Trukikaitis_Postimees, lk 13
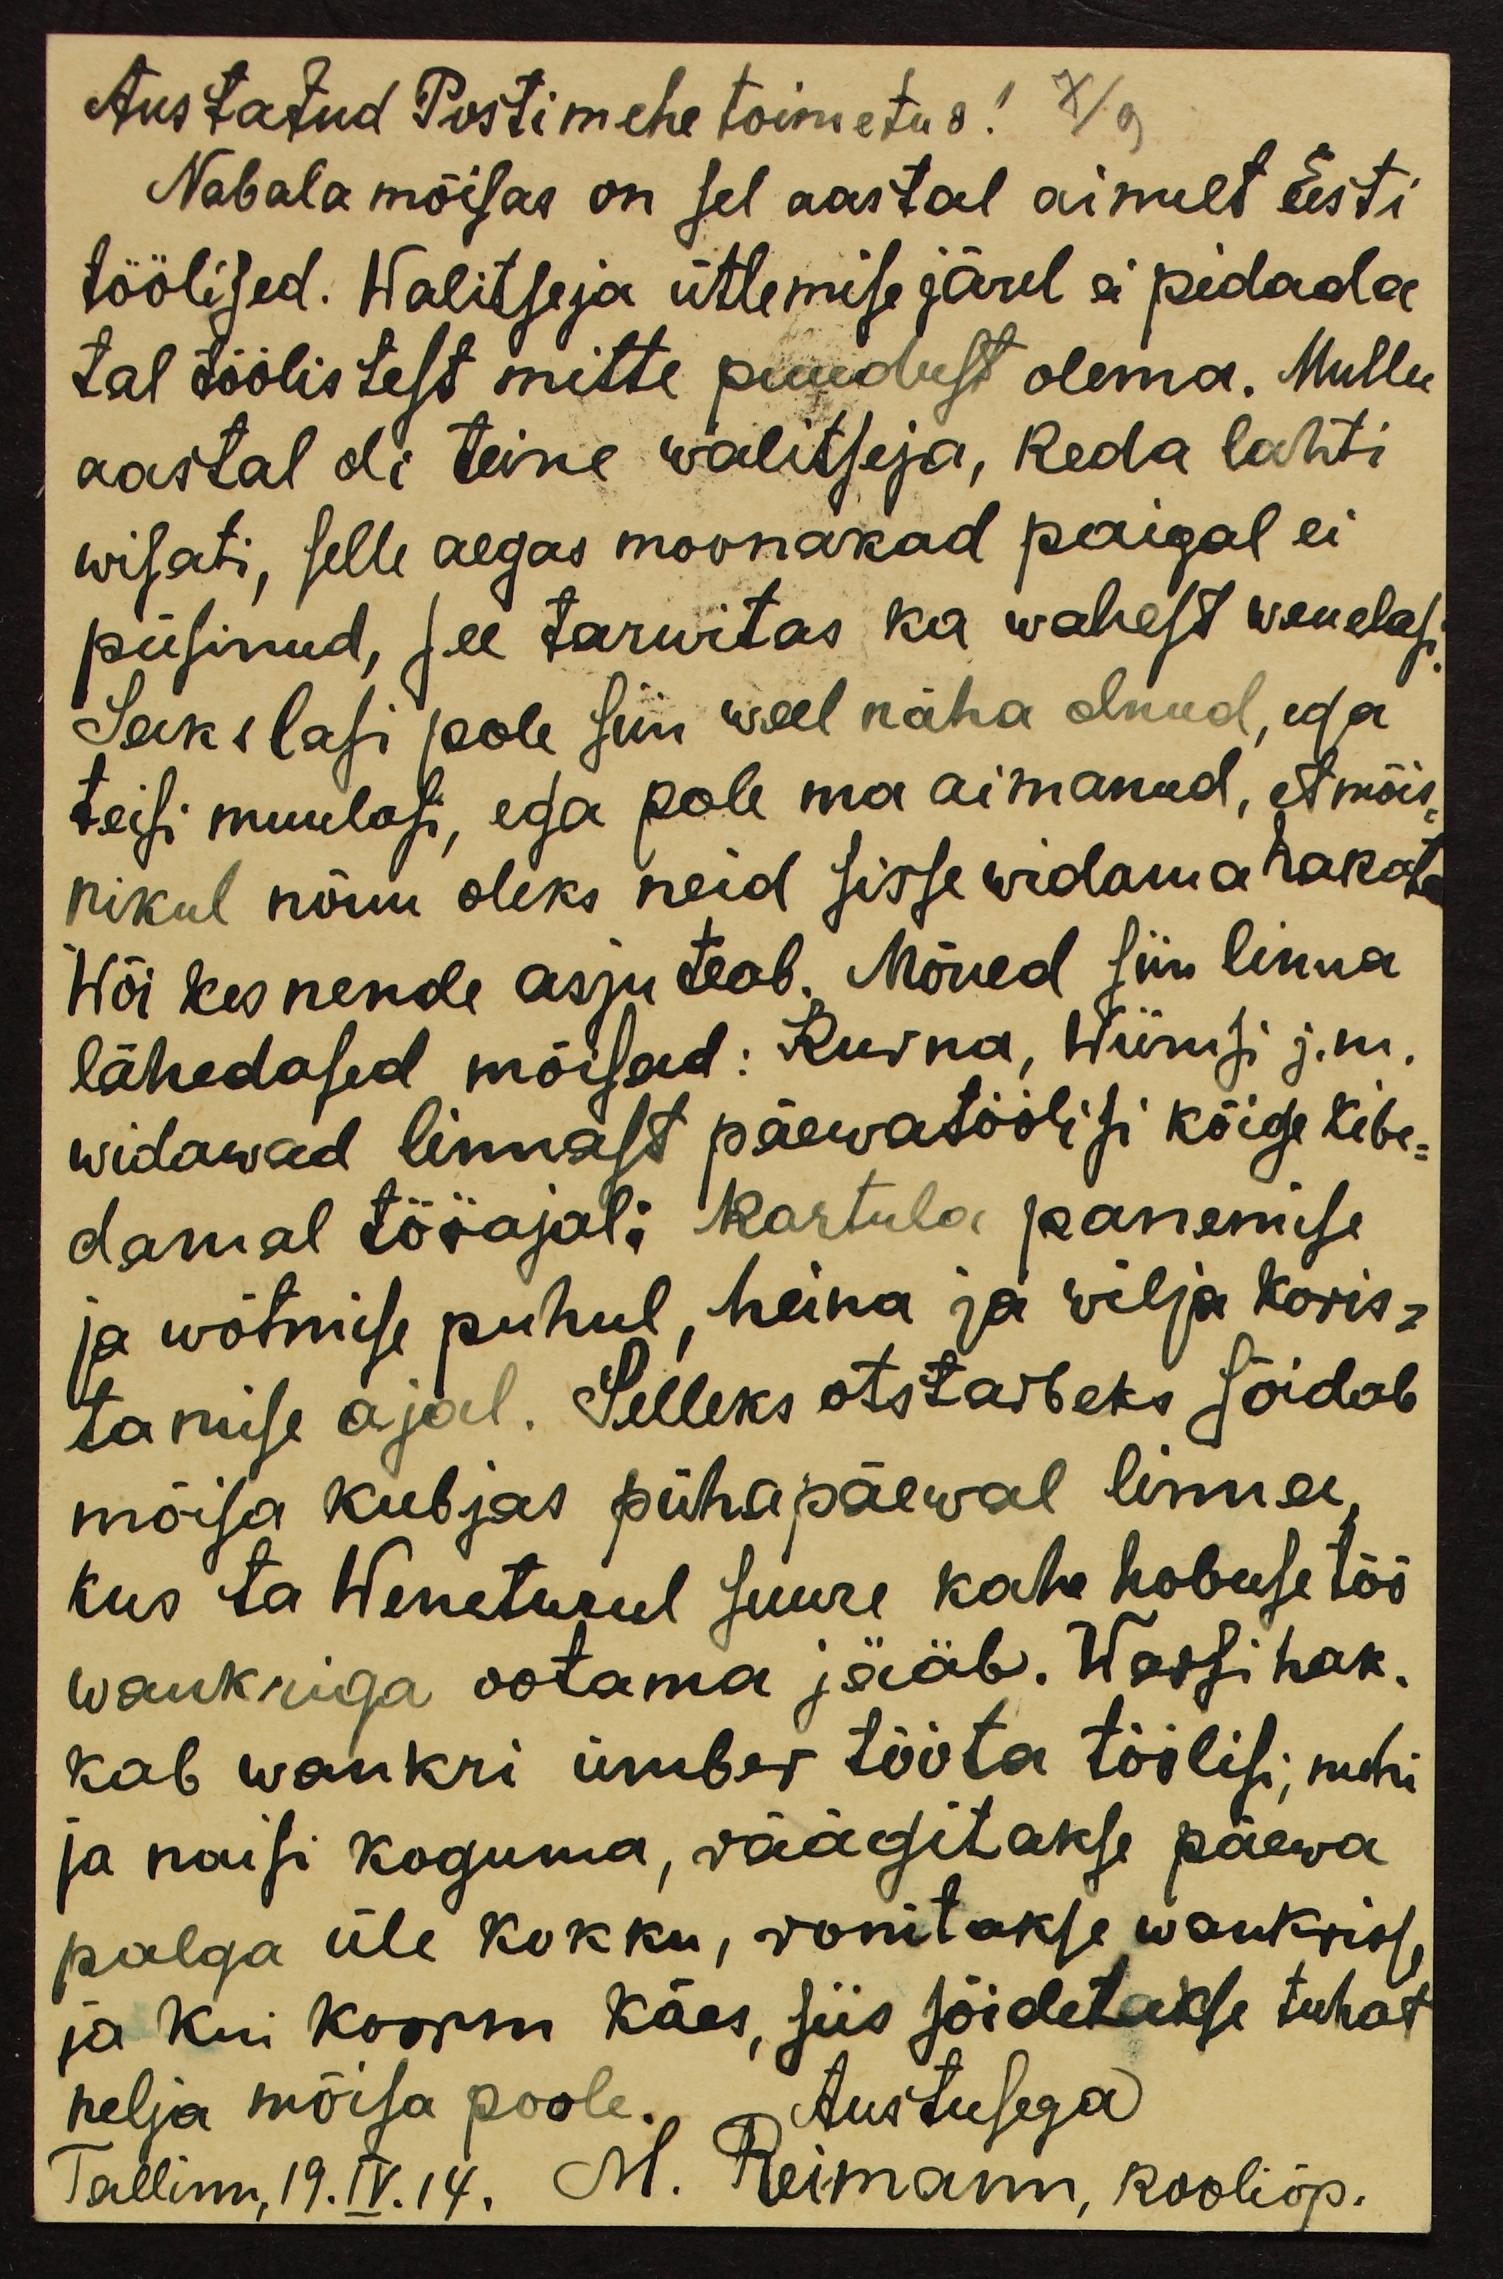
Austatud Postimehe toimetus!
Nabala mõisas on sel aastal ainult Eesti
töölised. Walitseja ütlemise järel ei pidada
tal töölistest mitte puudust olema. Mullu
aastal oli teine walitseja, keda lahti
wisati, selle aegas moonakad paigal ei
püsinud, see tarwitas ka wahest wenelasi.
Sakslasi pole siin weel näha olnud, ega
teisi muulasi, ega pole ma aimanud, et mõis-
nikul nõuu oleks neid sisse widama hakata
Wõi kes nende asju teab. Mõned siin linna
lähedased mõisad: Kurna, Wiimsi j.m.
widawad linnast päewatöölisi kõige kibe-
damal tööajal: kartula panemise
ja wõtmise puhul, heina ja wilja koris-
tamise ajal. Selleks otstarbeks sõidab
mõisa kubjas pühapäewal linna,
kus ta Weneturul suure kahe hobuse töö
wankriga ootama jääb. Warsi hak-
kab wankri ümber tööta töölisi, mehi
ja naisi koguma, räägitakse päewa
palga üle kokku, ronitakse wankrisse
ja kui koorm käes, siis sõidetakse tuhat
nelja mõisa poole. Austusega
Tallinn, 19.IV.14. M. Reimann, kooliõp.